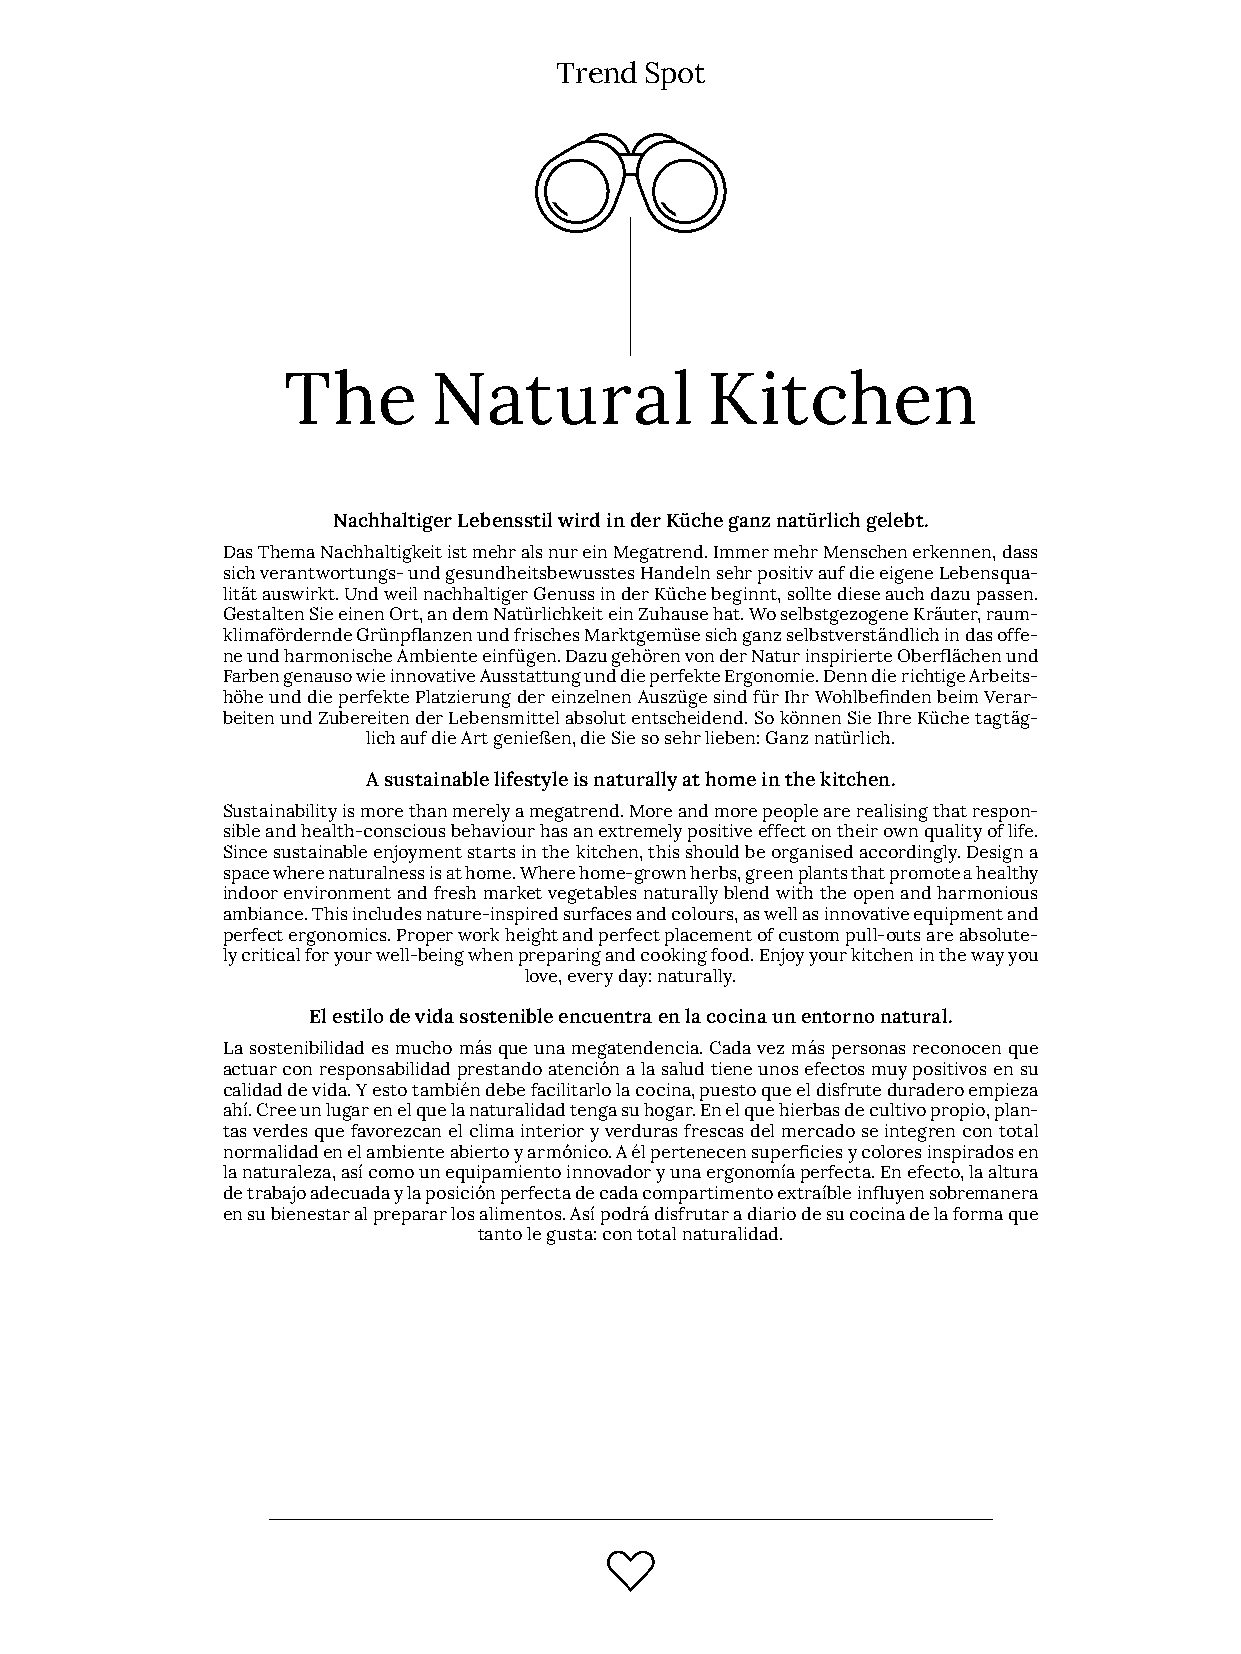
Trend Spot
 The       Natural           Kitchen
 Nachhaltiger Lebensstil wird in der Küche ganz natürlich gelebt.
 Das Thema Nachhaltigkeit ist mehr als nur ein Megatrend. Immer mehr Menschen erkennen, dass
 sich verantwortungs­ und gesundheitsbewusstes Handeln sehr positiv auf die eigene Lebensqua­
 lität auswirkt. Und weil nachhaltiger Genuss in der Küche beginnt, sollte diese auch dazu passen.
 Gestalten Sie einen Ort, an dem Natürlichkeit ein Zuhause hat. Wo selbstgezogene Kräuter, raum­
 klimafördernde Grünpflanzen und frisches Marktgemüse sich ganz selbstverständlich in das offe­
 ne und harmonische Ambiente einfügen. Dazu gehören von der Natur inspirierte Oberflächen und
 Farben genauso wie innovative Ausstattung und die perfekte Ergonomie. Denn die richtige Arbeits­
 höhe und die perfekte Platzierung der einzelnen Auszüge sind für Ihr Wohlbefinden beim Verar­
 beiten und Zubereiten der Lebensmittel absolut entscheidend. So können Sie Ihre Küche tagtäg­
 lich auf die Art genießen, die Sie so sehr lieben: Ganz natürlich.
 A sustainable lifestyle is naturally at home in the kitchen.
 Sustainability is more than merely a megatrend. More and more people are realising that respon­
 sible and health­conscious behaviour has an extremely positive effect on their own quality of life.
 Since sustainable enjoyment starts in the kitchen, this should be organised accordingly. Design a
 space where naturalness is at home. Where home­grown herbs, green plants that promote a healthy
 indoor environment and fresh market vegetables naturally blend with the open and harmonious
 ambiance. This includes nature­inspired surfaces and colours, as well as innovative equipment and
 perfect ergonomics. Proper work height and perfect placement of custom pull­outs are absolute­
 ly critical for your well­being when preparing and cooking food. Enjoy your kitchen in the way you
 love, every day: naturally.
 El estilo de vida sostenible encuentra en la cocina un entorno natural.
 La sostenibilidad es mucho más que una megatendencia. Cada vez más personas reconocen que
 actuar con responsabilidad prestando atención a la salud tiene unos efectos muy positivos en su
 calidad de vida. Y esto también debe facilitarlo la cocina, puesto que el disfrute duradero empieza
 ahí. Cree un lugar en el que la naturalidad tenga su hogar. En el que hierbas de cultivo propio, plan­
 tas verdes que favorezcan el clima interior y verduras frescas del mercado se integren con total
 normalidad en el ambiente abierto y armónico. A él pertenecen superficies y colores inspirados en
 la naturaleza, así como un equipamiento innovador y una ergonomía perfecta. En efecto, la altura
 de trabajo adecuada y la posición perfecta de cada compartimento extraíble influyen sobremanera
 en su bienestar al preparar los alimentos. Así podrá disfrutar a diario de su cocina de la forma que
 tanto le gusta: con total naturalidad.